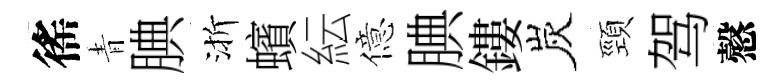
徭青腆渐蠙紜億腆鏤炭頸驾慤